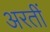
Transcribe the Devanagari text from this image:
अरतीं